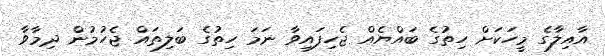
އާއިލާގެ މީހަކަށް ހިތުގެ ބައްޔެއް ޖެހިފައިވާ ނަމަ ހިތުގެ ބަލިތައް ޖެހުމުން ދިމާވާ